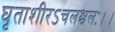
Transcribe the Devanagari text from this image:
घृताशीरऽचलश्चलः।।